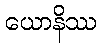
ယောနိဿ